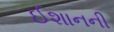
ઈશાનની